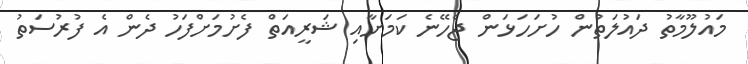
މައުލޫމާތު ދައުލަތުން ހުށަހަޅަން ޖެހޭނެ ކަމަށާއި ޝަރީއަތް ފެށުމަށްފަހު ދެން އެ ފުރުސަތު